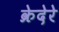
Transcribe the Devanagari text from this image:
क्रेदेरे